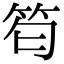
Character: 𥬜